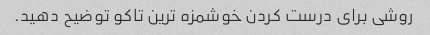
روشی برای درست کردن خوشمزه ترین تاکو توضیح دهید.